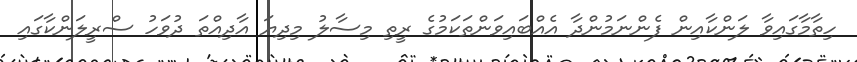
ހިތާމާގައިވާ ލަންކާއިން ފެންނަމުންދާ އެއްބައިވަންތަކަމުގެ ރީތި މިސާލު މިދިޔަ އާދިއްތަ ދުވަހު ސްރީލަންކާގައި